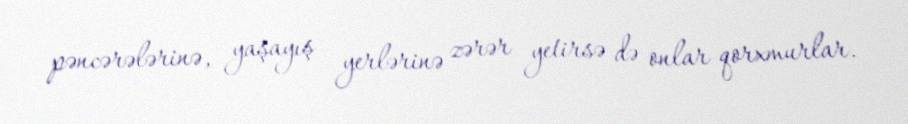
pəncərələrinə, yaşayış yerlərinə zərər yetirsə də onlar qorxmurlar.